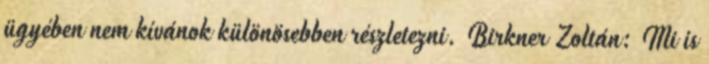
ügyében nem kívánok különösebben részletezni. Birkner Zoltán: Mi is